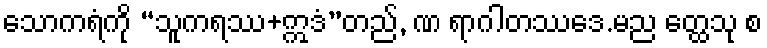
သောကရံကို “သူကရဿ+ဣဒံ”တည်, ဏ ရာဂါတဿေဒ.မည တ္ထေသု စ